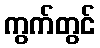
ကွက်တွင်